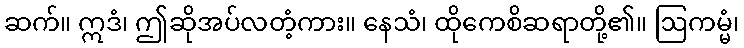
ဆက်။ ဣဒံ၊ ဤဆိုအပ်လတံ့ကား။ နေသံ၊ ထိုကေစိဆရာတို့၏။ ဩကမ္မံ၊